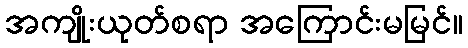
အကျိုးယုတ်စရာ အကြောင်းမမြင်။